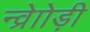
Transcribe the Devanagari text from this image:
न्व्रेाोड़ी